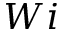
W i